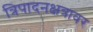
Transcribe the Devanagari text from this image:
त्रिपादनक्षत्रावर